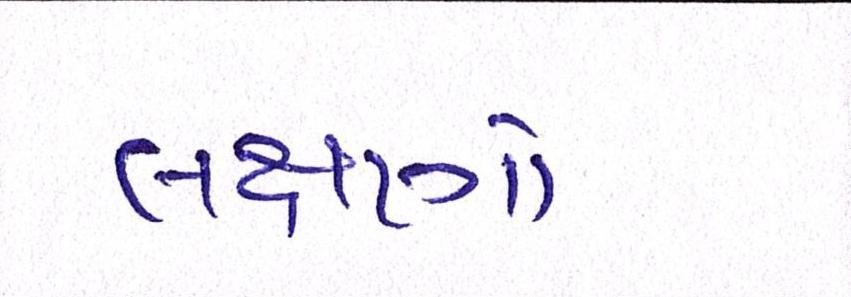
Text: લક્ષણો